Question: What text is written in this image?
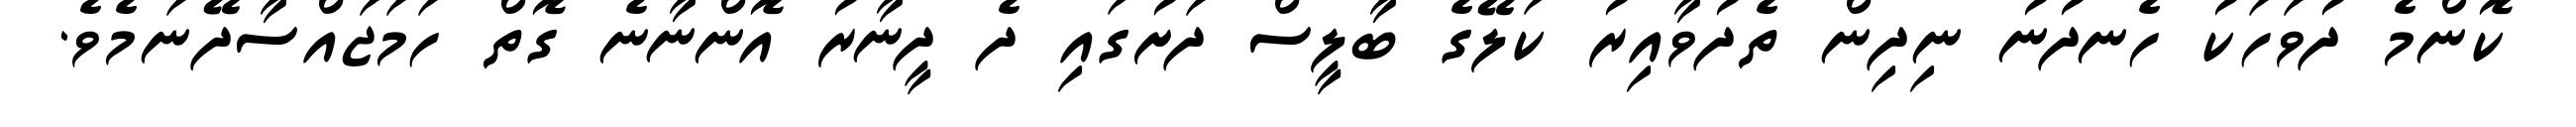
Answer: ކޮންމެ ދުވަހަކު ހެނދުނު ނިދިން ތެދުވާއިރު ކަލޭގެ ބާލީސް ދަށުގައި ދެ ދީނާރު އޮންނާނެ ގޮތް ހަމަޖައްސާދޭނަމެވެ.